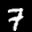
Label: 7